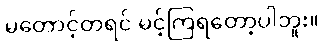
မတောင့်တရင် မင့်ကြရတော့ပါဘူး။